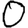
Digit: 0